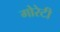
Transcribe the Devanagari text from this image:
गोरेटी